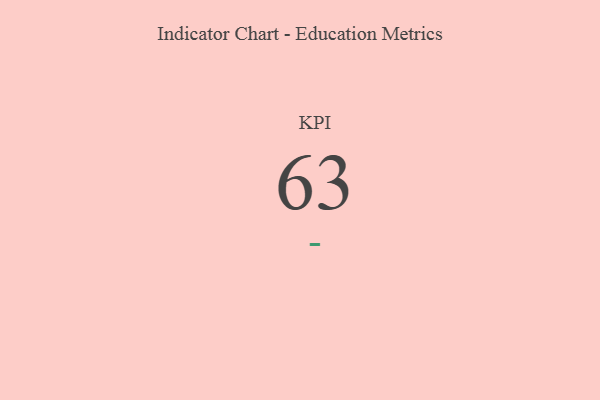
{"axis": {"x": "KPI", "y": "Value"}, "legend": [""], "data": [{"x": "KPI", "y": 63, "type": ""}]}